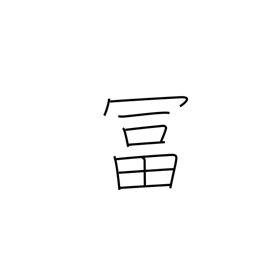
Meaning: wealthy